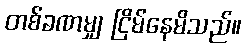
တစ်ခဏမျှ ငြိမ်နေမိသည်။